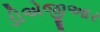
ડીએજીઆર